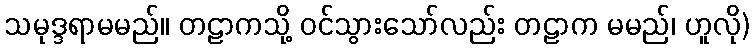
သမုဒ္ဒရာမမည်။ တဠာကသို့ ဝင်သွားသော်လည်း တဠာက မမည်၊ ဟူလို)